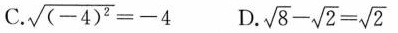
C.$$\sqrt { ( - 4 ) ^ { 2 } } = - 4$$ D.$$\sqrt { 8 } - \sqrt { 2 } = \sqrt { 2 }$$